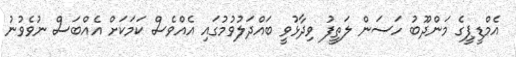
އެމްޑީޕީގެ މަންދޫބު ހަސަން ލަތީފު ވިދާޅުވީ ބައްދަލުވުމުގައި އެއްވެސް ކަމަކަށް އެއްބަސް ނުވެވުނު